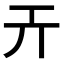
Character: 𢀘